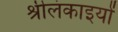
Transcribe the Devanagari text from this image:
श्रीलंकाइयों